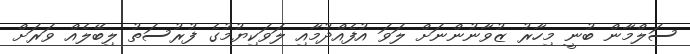
ސަލްމާން ބުނީ މިހާރު ޒުވާނުންނަށް ލަވަ އުފެއްދުމާއި ލަވަކިޔުމުގެ ފުރުސަތު ލިބޭލެއް ވަރަށް